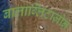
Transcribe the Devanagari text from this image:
बालाग्लिटाज़ोन